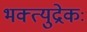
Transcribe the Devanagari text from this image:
भक्त्युद्रेकः